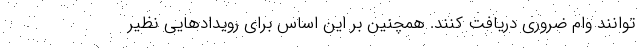
توانند وام ضروری دریافت کنند. همچنین بر این اساس برای رویدادهایی نظیر